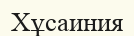
Хұсаиния